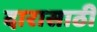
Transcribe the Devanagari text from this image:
दारासाठी